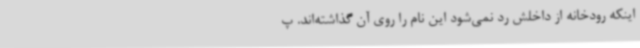
اینکه رودخانه از داخلش رد نمی‌شود این نام را روی آن گذاشته‌اند. پ